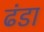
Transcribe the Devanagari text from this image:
ढंडा